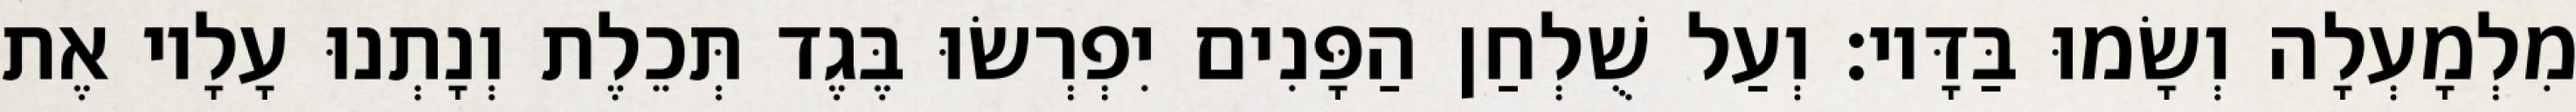
מִלְמָעְלָה וְשָׂמוּ בַּדָּיו׃ וְעַל שֻׁלְחַן הַפָּנִים יִפְרְשׂוּ בֶּגֶד תְּכֵלֶת וְנָתְנוּ עָלָיו אֶת